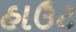
હાઉટ